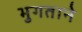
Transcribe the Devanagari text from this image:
भुगताने